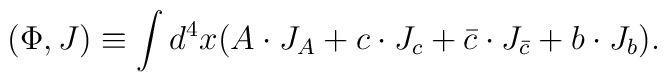
(\Phi, J) \equiv \int d^4x (A \cdot J_A + c \cdot J_c + \bar{c} \cdot J_{\bar{c}} + b \cdot J_b).